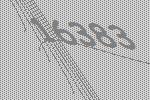
16383